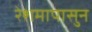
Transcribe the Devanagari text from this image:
रेशमापासुन